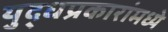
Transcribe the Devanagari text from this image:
युद्धप्रकारांमध्ये